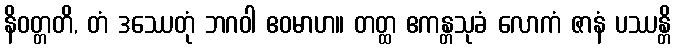
နိဝတ္တတိ, တံ ဒဿေတုံ ဘဂဝါ ဧဝမာဟ။ တတ္ထ ဧကန္တသုခံ လောကံ ဇာနံ ပဿန္တိ